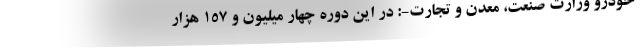
خودرو وزارت صنعت، معدن و تجارت-: در این دوره چهار میلیون و ۱۵۷ هزار